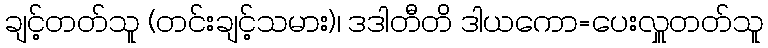
ချင့်တတ်သူ (တင်းချင့်သမား)၊ ဒဒါတီတိ ဒါယကော=ပေးလှူတတ်သူ